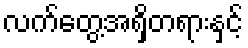
လက်တွေ့အရှိတရားနှင့်